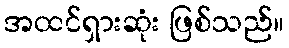
အထင်ရှားဆုံး ဖြစ်သည်။